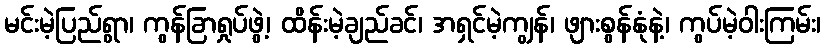
မင်းမဲ့ပြည်ရွာ၊ ကွန်ခြာရှုပ်ဖွဲ့၊ ထိန်းမဲ့ချည်ခင်၊ အရှင်မဲ့ကျွန်၊ ဖျားစွန်နုံနဲ့၊ ကွပ်မဲ့ဝါးကြမ်း၊